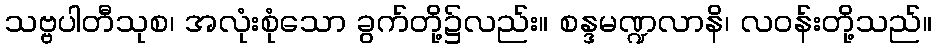
သဗ္ဗပါတီသုစ၊ အလုံးစုံသော ခွက်တို့၌လည်း။ စန္ဒမဏ္ဍလာနိ၊ လဝန်းတို့သည်။